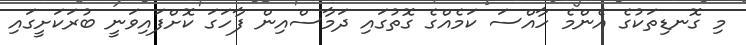
މި ގޮނޑިތަކުގެ އެންމެ ހާއްސަ ކަމެއްގެ ގޮތުގައި ދަމާސްއިން ފާހަގަ ކޮށްފައިވަނީ ބުރަކަށީގައި